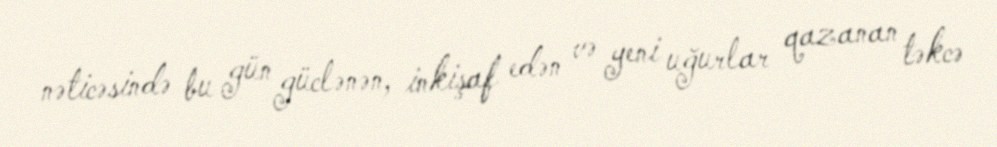
nəticəsində bu gün güclənən, inkişaf edən və yeni uğurlar qazanan təkcə